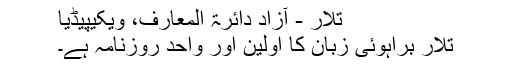
تلار - آزاد دائرۃ المعارف، ویکیپیڈیا
تلار براہوئی زبان کا اولین اور واحد روزنامہ ہے۔